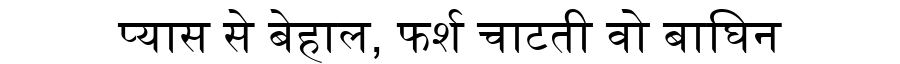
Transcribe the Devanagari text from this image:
प्यास से बेहाल, फर्श चाटती वो बाघिन